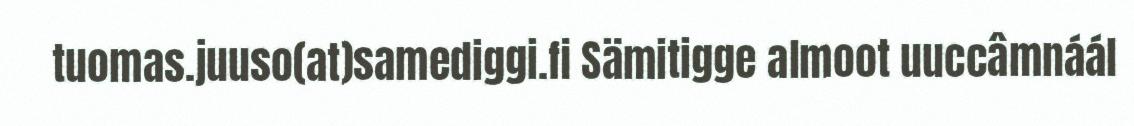
tuomas.juuso(at)samediggi.fi Sämitigge almoot uuccâmnáál